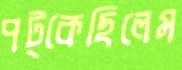
পট্‌কেছিলেম